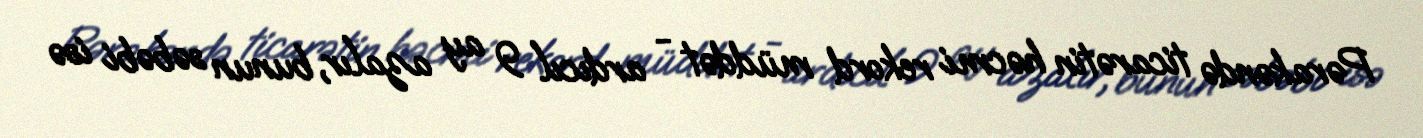
Pərakəndə ticarətin həcmi rekord müddət - ardıcıl 9 ay azalır, bunun səbəbi isə